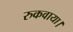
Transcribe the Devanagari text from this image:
रुकवाया।